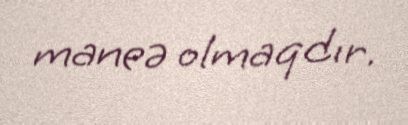
maneə olmaqdır.